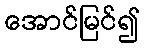
အောင်မြင်၍